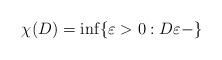
LaTeX: \begin{align*}\chi(D) = \inf\{\varepsilon>0: D\varepsilon-\}\end{align*}